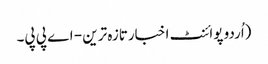
(اُردو پوائنٹ اخبارتازہ ترین - اے پی پی۔